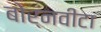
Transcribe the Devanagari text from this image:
बोर्नवीटा